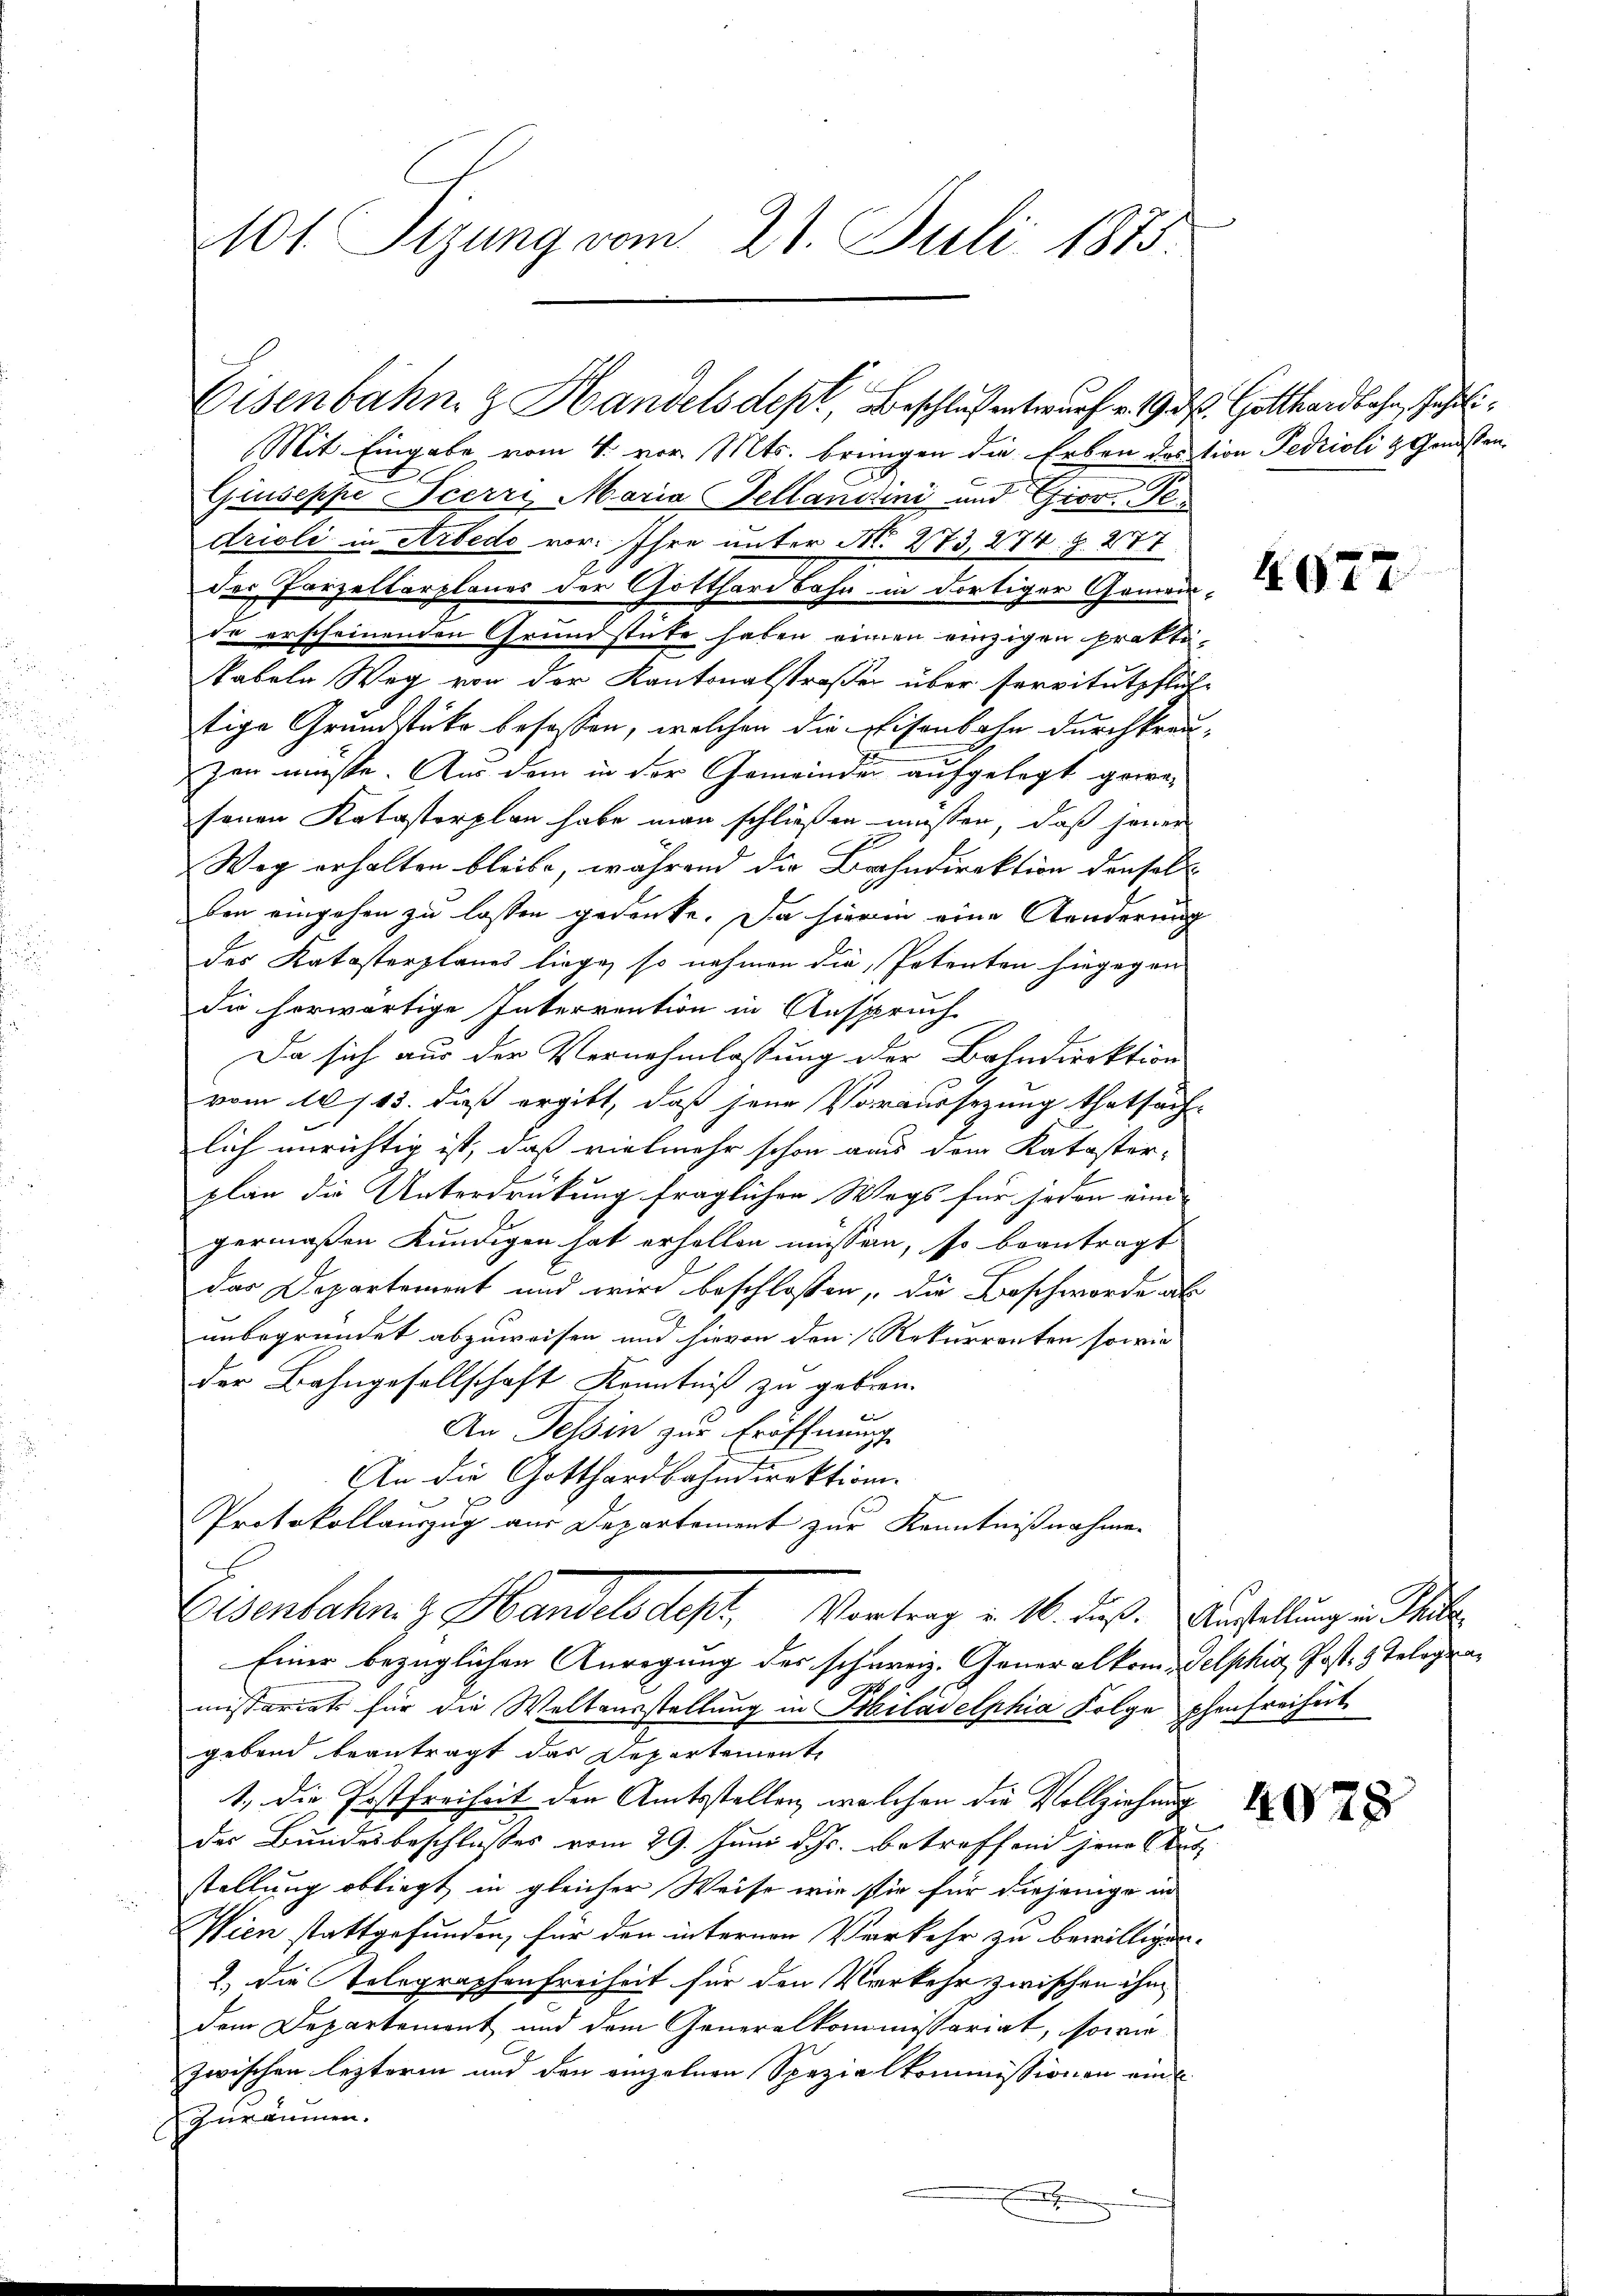
101. Sizung vom 21. Juli 1875.

Eisenbahn & Handelsdept, Beschlussentwurf v. 19. d. Gotthardbahn, Jahrli¬

Mit Eingabe vom 4. vor. Mts. bringen die Erben destion Fedrioli & Genossen
Giuseppe Scerri, Maria Sellanini und Giov. Gedrioli in Arbedo vor. Ihre unter N. 273, 274. Z. 277
der Parzellarplanes der Gotthardbahn in dortiger Gemein-
de erscheinenden Grundstüke haben einen einzigen Praktikabeln Weg von der Kantonalstraße über servitutpflich-
tige Grundstücke besassen, welchen die Eisenbahn durchkreuzen müsse. Aus dem in der Gemeinder aufgelegt gewefenen Katastorplan habe man schließen müssen, daß seiner
Weg erhalten bleibe, während die Bahndirektion densel
ben eingehen zu lassen gedenke. Da hierin eine Aenderung
des Katasterplanes liege, so nehmen die Petenten hingegen
die herwärtige Interrention in Anspruch
Da sich aus der Vernehmlassung der Bahndirektion
vom 10/13. dieß ergibt, daß jene Voraussezung thatsach-
lich unrichtig ist, daß vielmehr schon aus dem Kataster-
plan die Unterdrückung fraglichen Wags für jeden eine
germaßen Kundigen hat erholten müssen, so beantragt
das Departement und wird beschlossen, die Beschworde ab
unbegründet abzuweisen und hievon den Rekurrenten sowie
der Bahngesellschaft Kenntniß zu geben.
An Tessin zur Eröffnung
An die Gotthardbahndirektion.
s
Protokollauszug aus Departement zur Kenntnißnahme.
Eisenbahn z. Handelsdept, Vortrag v. 16. Fuß. Verhaltung in Seite
Einer bezüglichen Anregung des schweiz. Generalkom-Selphia Post- & Telegramissariats für die Weltausstellung in Philadelphia Folge phenfreiheit
gebend beantragt das Departemente
1., die Postfreiheit den Amtsstellen, welchen die Vollziehung
des Bundesbeschlusses vom 29. Juni d. Js. betreffend jene Stut
stellung obliegt in gleicher Weise wie sie für diejenige in
Wien stattgefunden, für den internen Verkehr zu bewilligen.
2. die Telegraphenfreiheit für den Verkehr zwischen ihm
dem Departemont und dem Generalkommissariat, sowie
zwischen lezteren und den einzelnen Spezia Kommissionen eine
Geräumen.

4677

4028